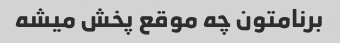
برنامتون چه موقع پخش میشه